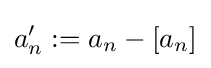
a_{n}':=a_{n}-[a_{n}]